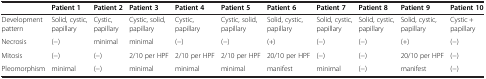
|  | Patient 1 | Patient 2 | Patient 3 | Patient 4 | Patient 5 | Patient 6 | Patient 7 | Patient 8 | Patient 9 | Patient 10 |
 | --- | --- | --- | --- | --- | --- | --- | --- | --- | --- | --- |
 | Development pattern | Solid, cystic, papillary | Cystic, papillary | Cystic, solid, papillary | Cystic, papillary | Cystic, solid, papillary | Solid, cystic, papillary | Solid, cystic, papillary | Solid, cystic, papillary | Solid, cystic, papillary | Cystic + papillary |
 | Necrosis | (-) | minimal | minimal | (-) | (-) | (+) | (-) | (-) | (+) | (-) |
 | Mitosis | (-) | (-) | 2/10 per HPF | 2/10 per HPF | 2/10 per HPF | 20/10 per HPF | (-) | (-) | 20/10 per HPF | (-) |
 | Pleomorphism | minimal | (-) | minimal | minimal | minimal | manifest | minimal | (-) | manifest | (-) |